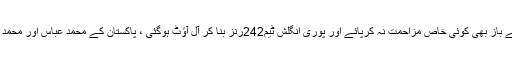
اس کے بعد بقیہ انگلش بلے باز بھی کوئی خاص مزاحمت نہ کرپائے اور پوری انگلش ٹیم242رنز بنا کر آل آﺅٹ ہوگئی ، پاکستان کے محمد عباس اور محمد عامرنے4،4 شکار کیے۔